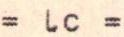
= lc =